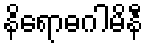
နိရောဓဂါမိနီ